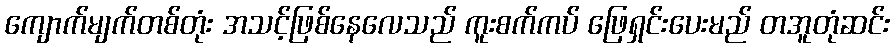
ကျောက်မျက်တစ်တုံး အသင့်ဖြစ်နေလေသည် ကူးစက်ကပ် ဖြေရှင်းပေးမည် တအူတုံဆင်း